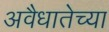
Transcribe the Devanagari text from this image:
अवैधातेच्या